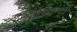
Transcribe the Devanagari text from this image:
आकारामुष्ठी